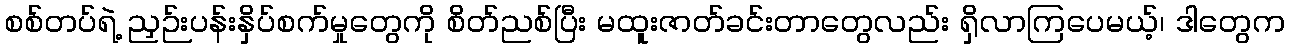
စစ်တပ်ရဲ့ ညှဉ်းပန်းနှိပ်စက်မှုတွေကို စိတ်ညစ်ပြီး မထူးဇာတ်ခင်းတာတွေလည်း ရှိလာကြပေမယ့်၊ ဒါတွေက